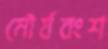
মৌর্যবংশ